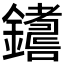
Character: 𨮚